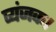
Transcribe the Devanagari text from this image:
व्यंजक।